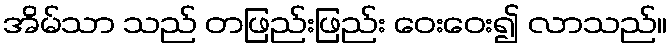
အိမ်သာ သည် တဖြည်းဖြည်း ဝေးဝေး၍ လာသည်။